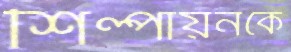
শিল্পায়নকে